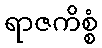
ရာဇကိစ္စံ